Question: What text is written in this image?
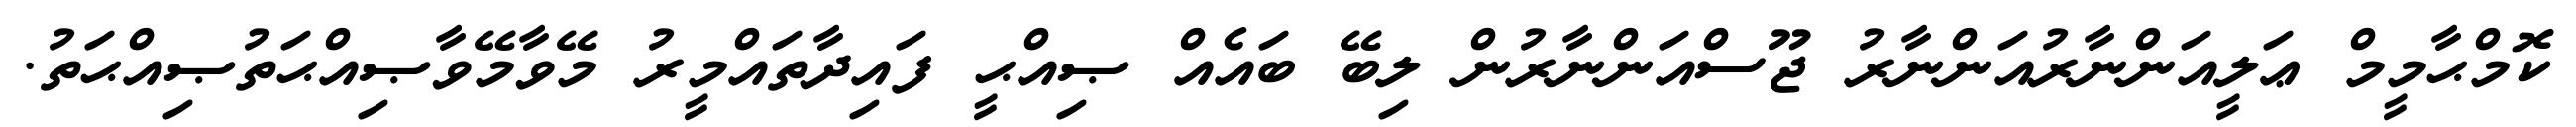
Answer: ކޮމްޙާމީމް ޢަލީއަންނާރުއަންނާރު ޖޫސްއަންނާރުން ލިބޭ ބައެއް ޞިއްޙީ ފައިދާތައްމީރު މޭވާމޭވާޞިއްޙަތުޞިއްޙަތު.